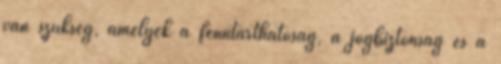
van szükség, amelyek a fenntarthatóság, a jogbiztonság és a